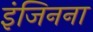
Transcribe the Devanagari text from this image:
इंजिनना